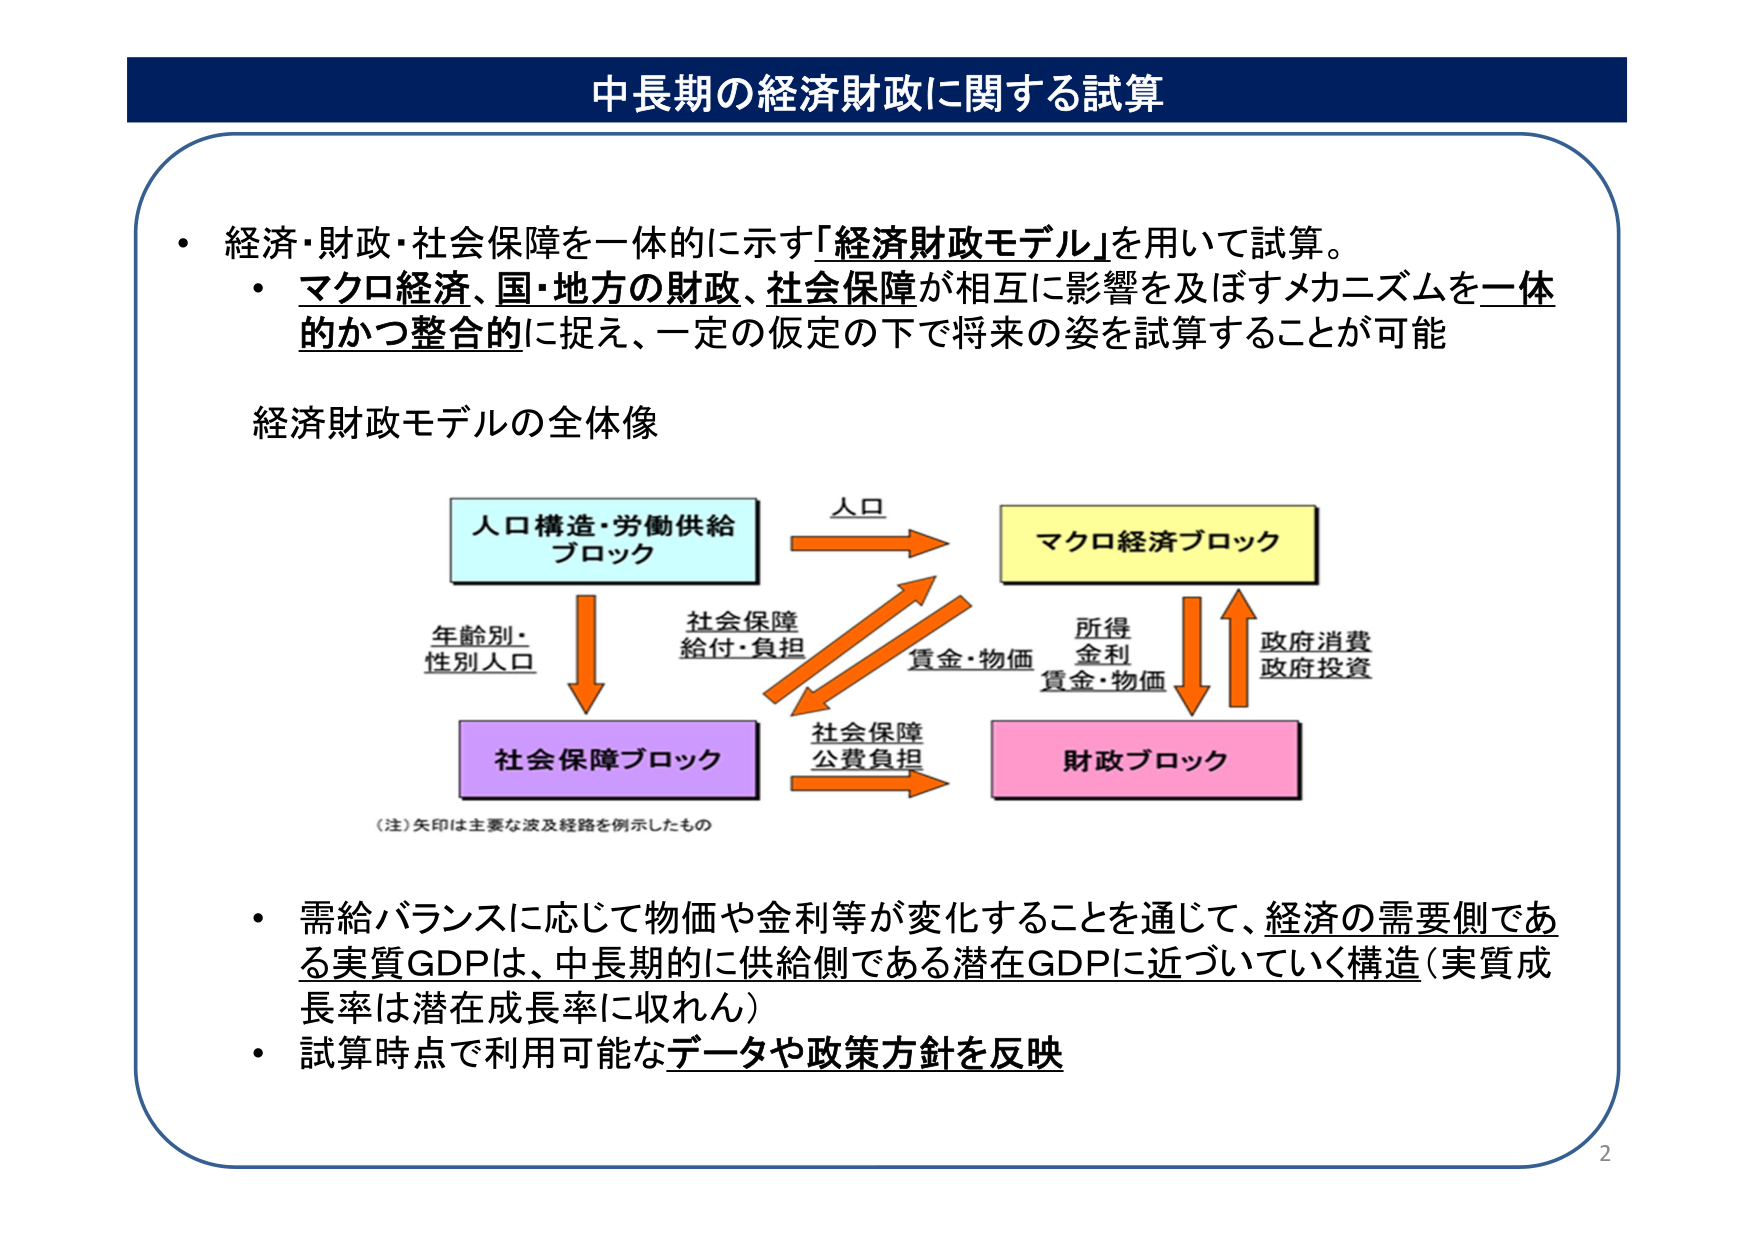
中長期の経済財政に関する試算

・経済・財政・社会保障を一体的に示す「経済財政モデル」を用いて試算。
・マクロ経済、国・地方の財政、社会保障が相互に影響を及ぼすメカニズムを一体的かつ整合的に捉え、一定の仮定の下で将来の姿を試算することが可能

経済財政モデルの全体像

人口構造・労働供給
ブロック

人口

マクロ経済ブロック

年齢別・
性別人口

社会保障
給付・負担

所得
金利
賃金・物価

政府消費
政府投資

社会保障
公費負担

社会保障ブロック

財政ブロック

（注）矢印は主要な波及経路を例示したもの

・需給バランスに応じて物価や金利等が変化することを通じて、経済の需要側である実質GDPは、中長期的に供給側である潜在GDPに近づいていく構造（実質成長率は潜在成長率に収れん）
・試算時点で利用可能なデータや政策方針を反映

2